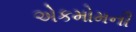
એકમોમની